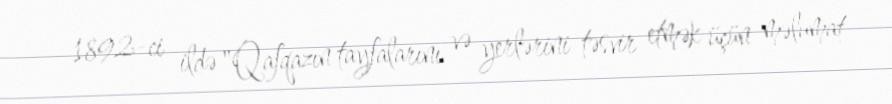
1892-ci ildə "Qafqazın tayfalarını və yerlərini təsvir etmək üçün məlumat